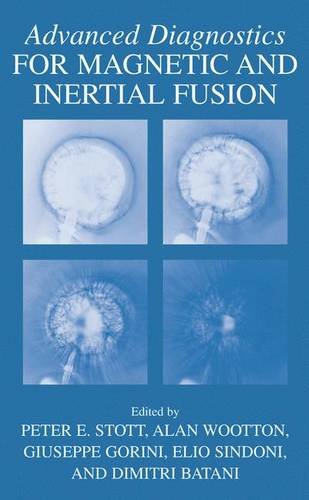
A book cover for Advanced Diagnostics for Magnetic and Inertial Fusion; Science & Math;